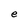
Character: e